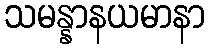
သမန္နာနယမာနာ